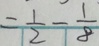
= \frac { 1 } { 2 } - \frac { 1 } { 8 }